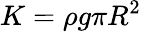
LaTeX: K=\rho g\pi R^{2}